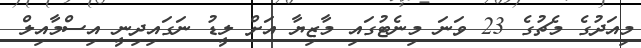
މިއަދުގެ މެޗުގެ 23 ވަނަ މިނެޓުގައި މާޒިޔާ އަށް ލީޑު ނަގައިދިނީ އިސްމާއިލް